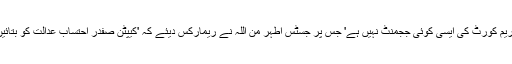
کیپٹن صفدر کے وکیل نے جواب دیا کہ 'میرے پاس سپریم کورٹ کی ایسی کوئی ججمنٹ نہیں ہے' جس پر جسٹس اطہر من اللہ نے ریمارکس دیئے کہ 'کیپٹن صفدر احتساب عدالت کو بتائیں کہ انہوں نے فائل نہیں پڑھی لہٰذا انہیں وقت دیا جائے'۔